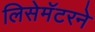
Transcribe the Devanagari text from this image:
लिसेमॅटरने